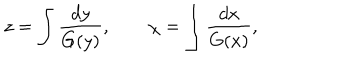
z = \int \frac { d y } { G ( y ) } , \qquad \chi = \int \frac { d x } { G ( x ) } ,